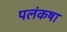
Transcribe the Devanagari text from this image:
पलंकषा